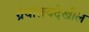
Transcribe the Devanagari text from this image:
ग्रंथालयदेखील